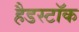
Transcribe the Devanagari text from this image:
हैडस्टॉक